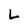
Character: L